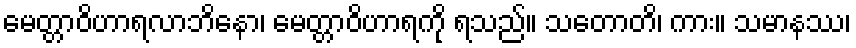
မေတ္တာဝိဟာရလာဘိနော၊ မေတ္တာဝိဟာရကို ရသည်။ သတောတိ၊ ကား။ သမာနဿ၊